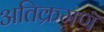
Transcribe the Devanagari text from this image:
अतिक्रमणॅ